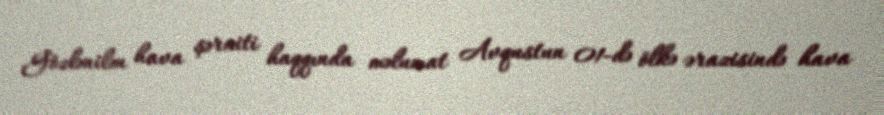
Gözlənilən hava şəraiti haqqında məlumat Avqustun 01-də ölkə ərazisində hava